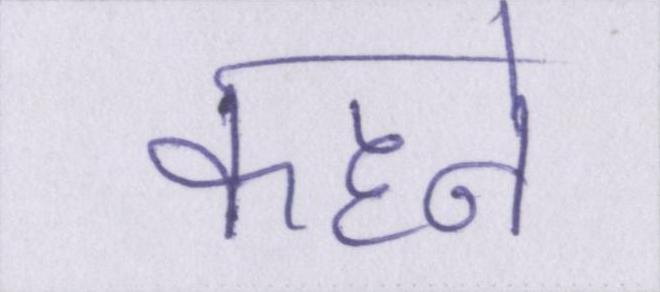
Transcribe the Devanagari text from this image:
कहने